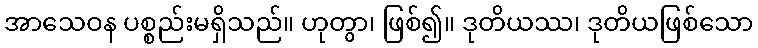
အာသေဝန ပစ္စည်းမရှိသည်။ ဟုတွာ၊ ဖြစ်၍။ ဒုတိယဿ၊ ဒုတိယဖြစ်သော